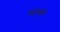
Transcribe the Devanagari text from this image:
राहुमारी